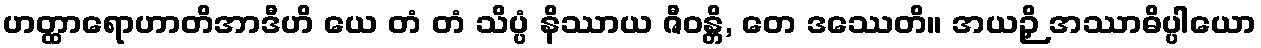
ဟတ္ထာရောဟာတိအာဒီဟိ ယေ တံ တံ သိပ္ပံ နိဿာယ ဇီဝန္တိ, တေ ဒဿေတိ။ အယဉှိ အဿာဓိပ္ပါယော